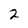
Character: 2